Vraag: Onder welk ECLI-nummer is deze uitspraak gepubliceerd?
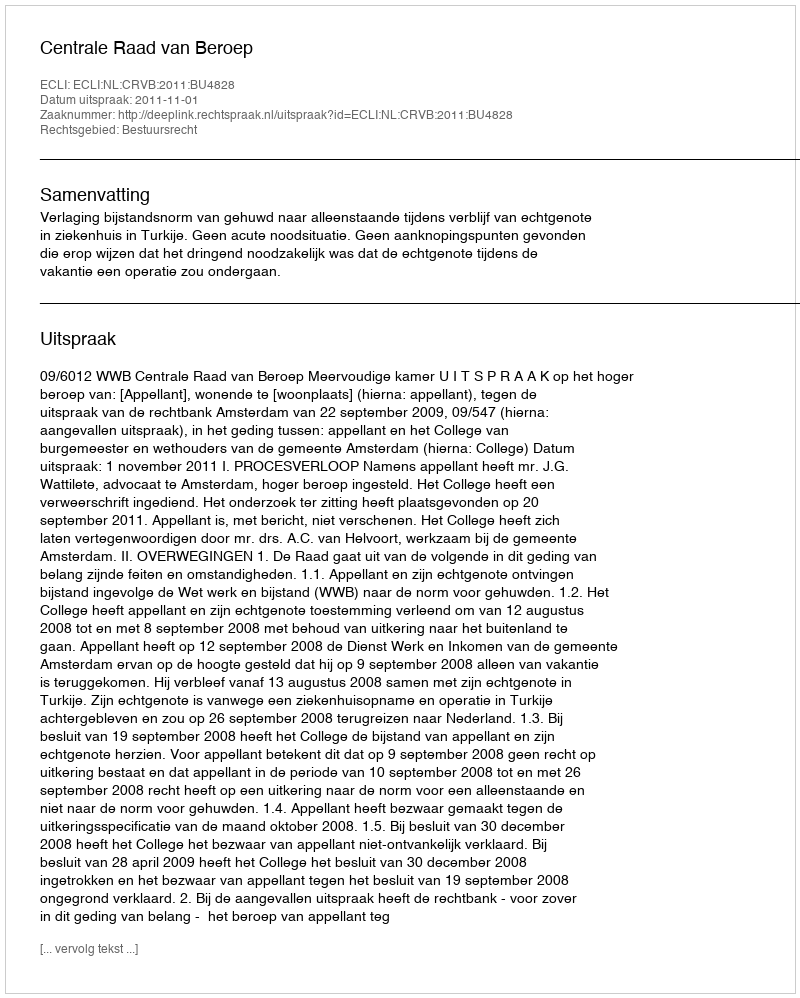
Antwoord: ECLI:NL:CRVB:2011:BU4828